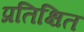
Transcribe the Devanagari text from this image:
प्रतिक्षित